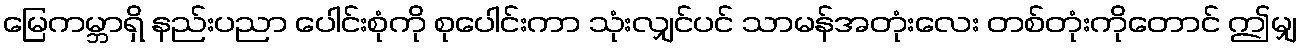
မြေကမ္ဘာရှိ နည်းပညာ ပေါင်းစုံကို စုပေါင်းကာ သုံးလျှင်ပင် သာမန်အတုံးလေး တစ်တုံးကိုတောင် ဤမျှ